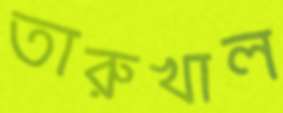
তারুখাল